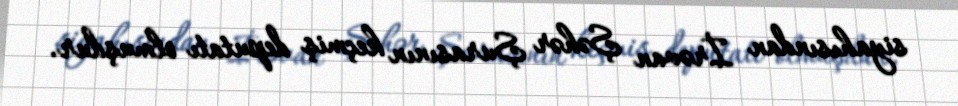
siyahısından İrəvan Şəhər Şurasının keçmiş deputatı olmuşdur.